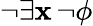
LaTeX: \neg\exists\mathbf{x}\, \neg\phi